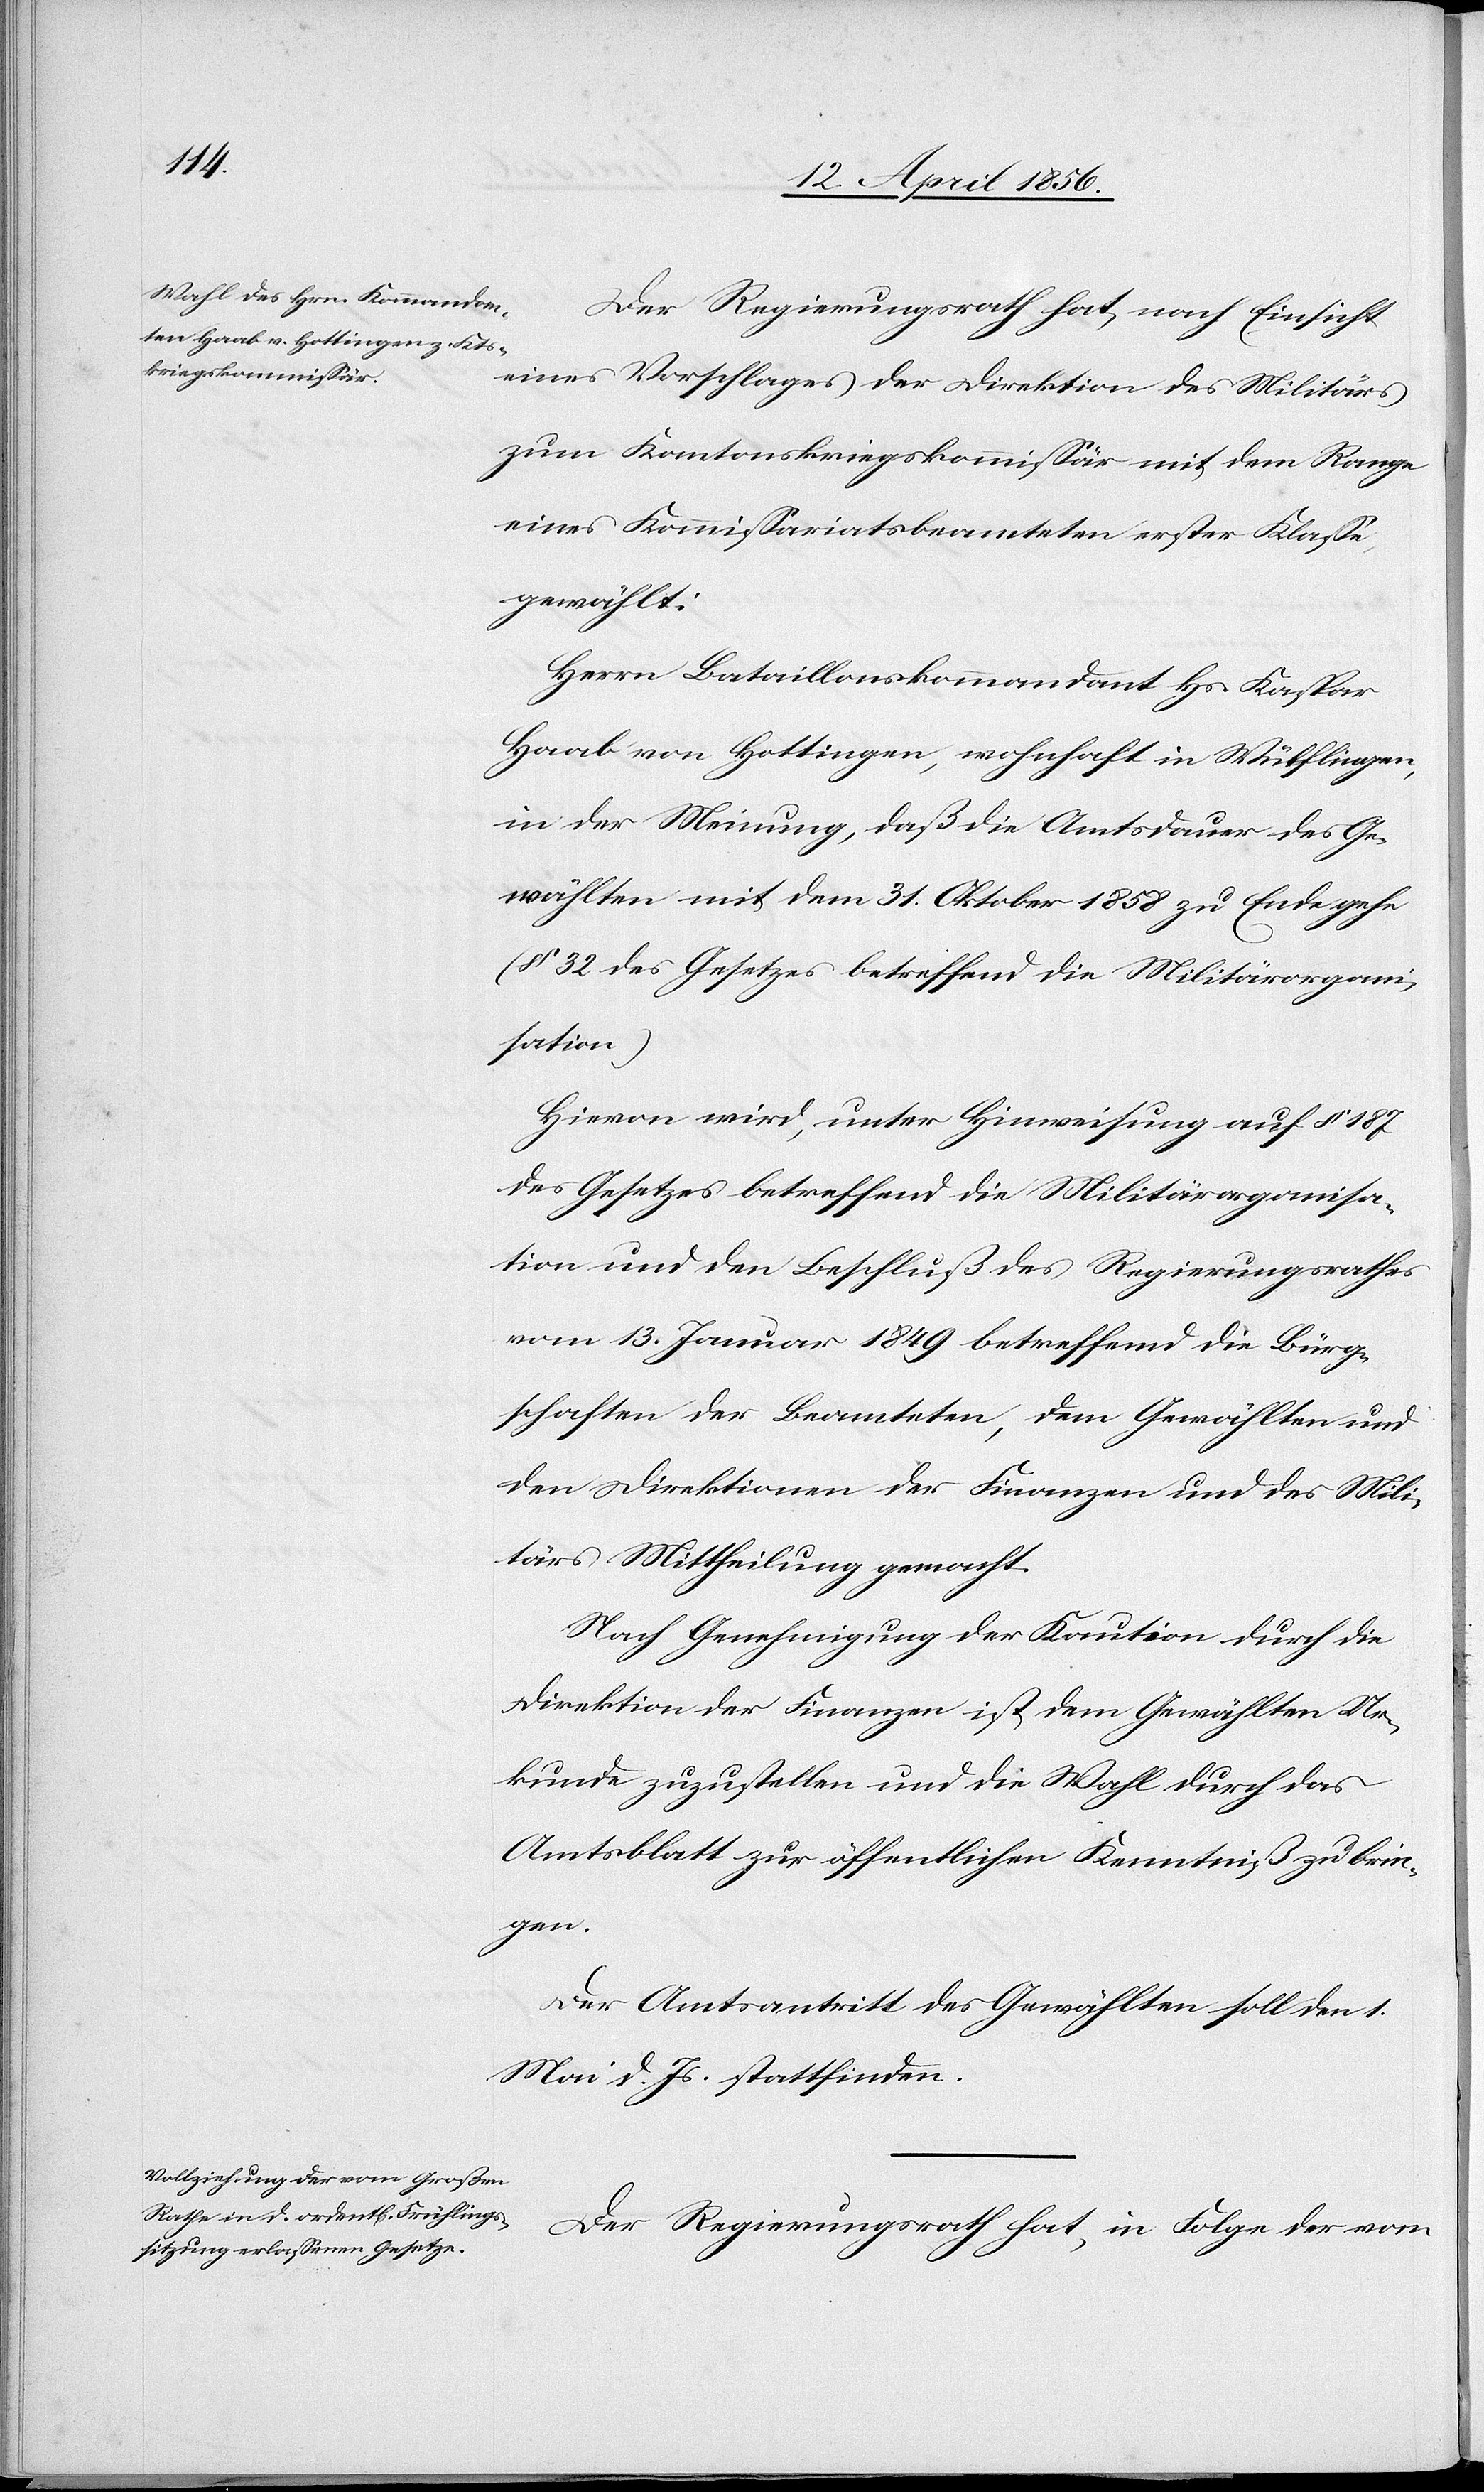
Der Regierungsrath hat, nach Einsicht
eines Vorschlages der Direktion des Militärs
zum Kantonskriegskommissär mit dem Range
eines Kommissariatsbeamteten erster Klasse
gewählt:
Herrn Bataillonskommandant Hs. Kaspar
Haab von Hottingen, wohnhaft in Wülflingen,
in der Meinung, daß die Amtsdauer des Ge¬
wählten mit dem 31. Oktober 1858 zu Ende gehe
(§ 32 des Gesetzes betreffend die Militärorgani¬
sation)
Hievon wird, unter Hinweisung auf § 187
des Gesetzes betreffend die Militärorganisa¬
tion und den Beschluß des Regierungsrathes
vom 13. Januar 1849 betreffend die Bürg¬
schaften der Beamteten, dem Gewählten und
den Direktionen der Finanzen und des Mili¬
tärs Mittheilung gemacht.
Nach Genehmigung der Kaution durch die
Direktion der Finanzen ist dem Gewählten Ur¬
kunde zuzustellen und die Wahl durch das
Amtsblatt zur öffentlichen Kenntniß zu brin¬
gen.
Der Amtsantritt des Gewählten soll den 1.
Mai d. Js. stattfinden.
Der Regierungsrath hat, in Folge der vom